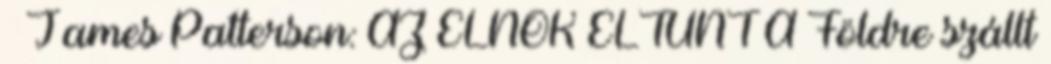
– James Patterson: AZ ELNÖK ELTŰNT A Földre szállt